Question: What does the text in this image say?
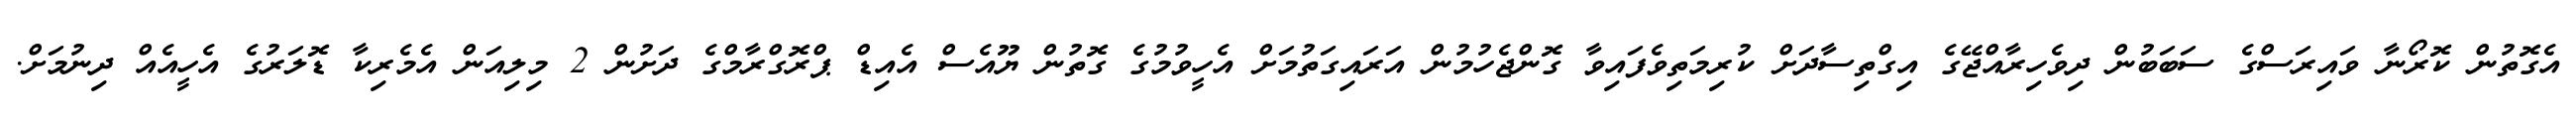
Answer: އެގޮތުން ކޮރޯނާ ވައިރަސްގެ ސަބަބުން ދިވެހިރާއްޖޭގެ އިގްތިސާދަށް ކުރިމަތިވެފައިވާ ގޮންޖެހުމުން އަރައިގަތުމަށް އެހީވުމުގެ ގޮތުން ޔޫއެސް އެއިޑް ޕްރޮގްރާމްގެ ދަށުން 2 މިލިއަން އެމެރިކާ ޑޮލަރުގެ އެހީއެއް ދިނުމަށް.